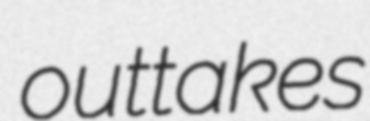
outtakes